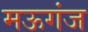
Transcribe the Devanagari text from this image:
मऊगंज